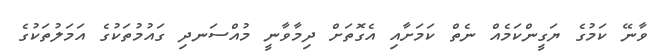
ވާނޭ ކަމުގެ ޔަގީންކަމެއް ނެތް ކަމަށާއި އެގޮތަށް ދިމާވާނީ މުއްސަނދި ގައުމުތަކުގެ އަމަލުތަކުގެ